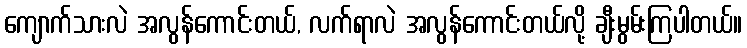
ကျောက်သားလဲ အလွန်ကောင်းတယ်, လက်ရာလဲ အလွန်ကောင်းတယ်လို့ ချီးမွမ်းကြပါတယ်။